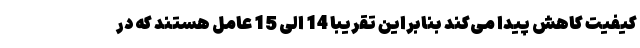
کیفیت کاهش پیدا می‌کند بنابراین تقریبا 14 الی 15 عامل هستند که در